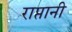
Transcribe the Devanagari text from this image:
राप्तानी